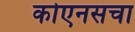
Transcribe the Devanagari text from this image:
कोएनसचा